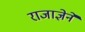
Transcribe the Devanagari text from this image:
राजाज्ञेने